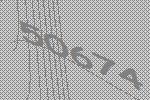
50674